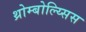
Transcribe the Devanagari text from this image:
थ्रोम्बोल्य्सिस